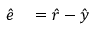
\begin{array} { r l } { \hat { e } } & { { } = \hat { r } - \hat { y } } \end{array}